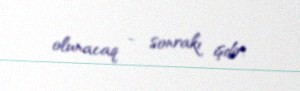
olunacaq - sonrakı işdir.